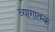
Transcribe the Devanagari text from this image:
व्यागात्म्क